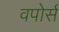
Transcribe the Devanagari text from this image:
वपोर्स